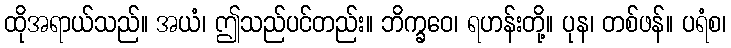
ထိုအရာယ်သည်။ အယံ၊ ဤသည်ပင်တည်း။ ဘိက္ခဝေ၊ ရဟန်းတို့။ ပုန၊ တစ်ဖန်။ ပရံစ၊